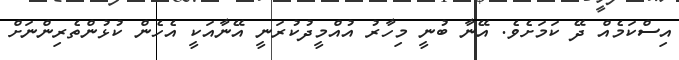
އިސްކަމެއް ދޭ ކަމަށެވެ. އޭނާ ބުނީ މިހާރު އުއްމީދުކުރަނީ އޭނާއަކީ އެހެން ކުޅުންތެރިންނަށް